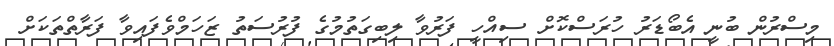
މިސްރުން ބުނީ އެބޯޑަރު ހުރަސްކޮށް ސިއްހީ ފަރުވާ ލިބިގަތުމުގެ ފުރުސަތު ޒަހަމްވެފައިވާ ފަރާތްތަކަށް